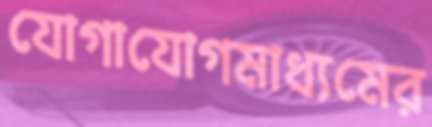
যোগাযোগমাধ্যমের